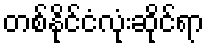
တစ်နိုင်ငံလုံးဆိုင်ရာ